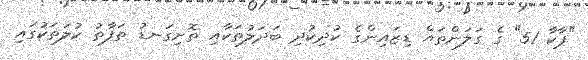
"ޕާކާ 51" ގެ ގަލަންތައް ޑިޒައިންގެ ކުދިކުދި ބަދަލުތަކާއި ތޮށިގަނޑު ތަފާތު ކުލަތަކުގައި